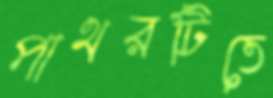
পাথরটিতে